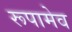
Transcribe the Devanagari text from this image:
रूपामेव